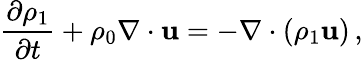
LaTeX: {\frac{\partial\rho_{1}}{\partial t}}+\rho_{0}\nabla\cdot{\mathbf u}=-\nabla\cdot(\rho_{1}{\mathbf u})\, ,